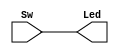
module Switch2Led(Sw,Led);
input [9:0] Sw;
output [9:0] Led;
reg [9:0] Led;
always@(Sw)
begin
	Led[9:0] = Sw[9:0];
end
endmodule